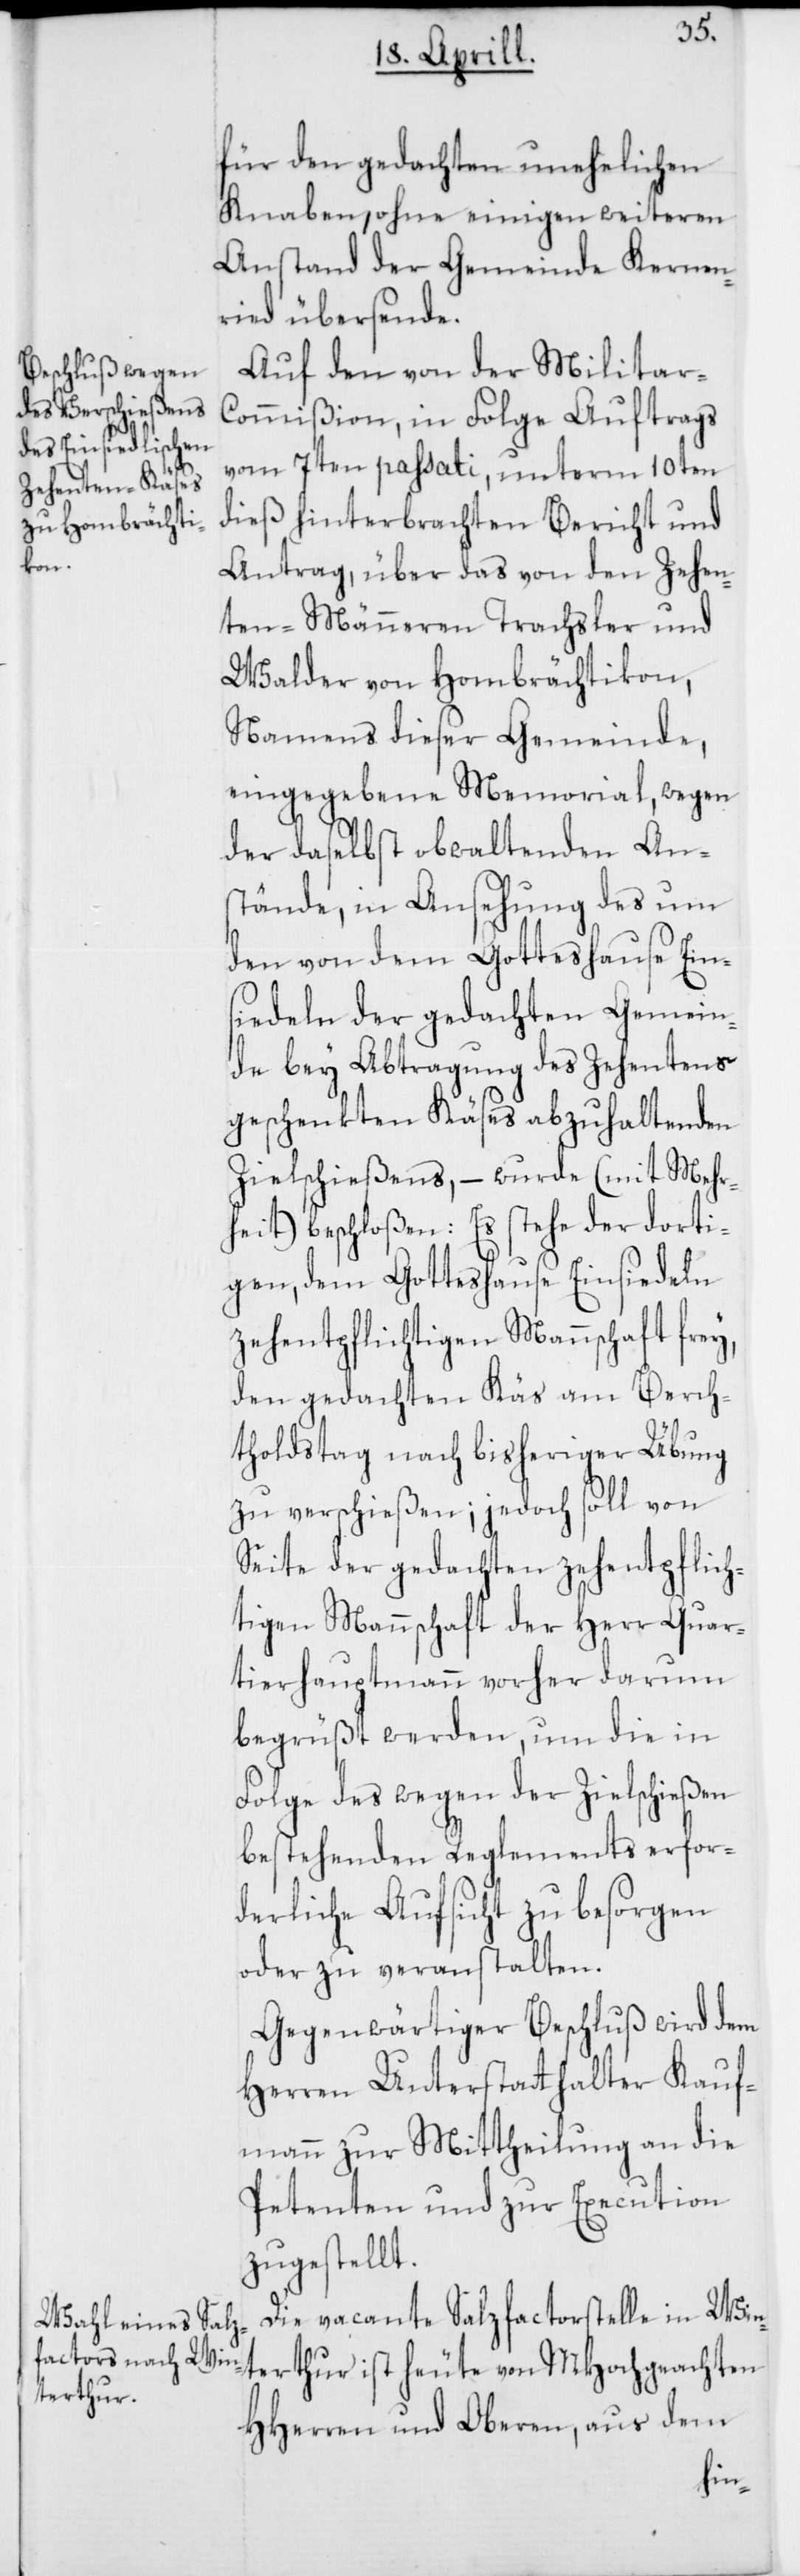
für den gedachten unehelichen
Knaben, ohne einigen weiteren
Anstand der Gemeinde Kernen¬
ried übersende.
Auf den von der Militar-C¬
ommißion in Folge Auftrags
vom 7ten passati, unterm 10ten
dieß hinterbrachten Bericht und
Antrag, über das von den Zehen¬
ten-Männeren Trachsler und
Walder von Hombrächtikon,
Namens dieser Gemeinde,
eingegebene Memorial, wegen
der daselbst obwaltenden An¬
stände, in Ansehung des um
den von dem Gotteshause Ein¬
siedeln der gedachten Gemein¬
de bey Abbtragung des Zehentens
geschenkten Käses abzuhaltenden
Zielschießens, – wurde (mit Mehr¬
heit) beschloßen: Es stehe der dorti¬
gen, dem Gotteshause Einsiedeln
zehentpflichtigen Mannschaft frey,
den gedachten Käs am Berch¬
tholdstag nach bisheriger Übung
zu verschießen; jedoch soll von
Seite der gedachten zehentpflich¬
tigen Mannschaft der Herr Quar¬
tierhauptmann vorher darum
begrüßt werden, um die in
Folge des wegen der Zielschießen
bestehenden Reglements erfor¬
derliche Aufsicht zu besorgen
oder zu veranstalten.
Gegenwärtiger Beschluß wird dem
Herren Unterstatthalter Kauf¬
mann zur Mittheilung an die
Petenten und zur Execution
zugestellt.
Die vacante Salzfactorstelle in Win¬
terthur ist heute von MHochgeachten
HHerren und Oberen, aus dem